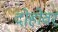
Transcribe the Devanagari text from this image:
दोहोवर